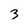
Character: 3